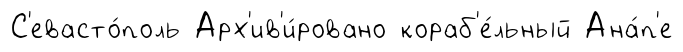
С'евасто́поль Арх'ив'и́ровано кораб'е́льный Ана́п'е